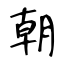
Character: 朝